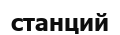
станций